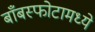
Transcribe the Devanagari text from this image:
बाँबस्फोटामध्ये